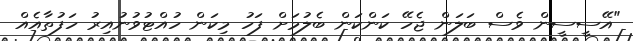
"އޭސީސީން ވެސް ބަލަން ޖެހޭ ކަންކަން ބެލުމަށް ފަހު މިކަން ހުއްޓުވުނުއިރު ހަފުތާއެއް